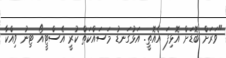
"ވަރަށް ބޮޑަށް އޮޅިފަ އެއޮތީ. އަޅުގަނޑު މަސައްކަތް ކުރީ އެސްޓީއޯ ޓިނު ވިއްކާ